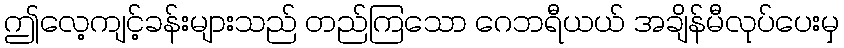
ဤလေ့ကျင့်ခန်းများသည် တည်ကြသော ဂေဘရီယယ် အချိန်မီလုပ်ပေးမှ